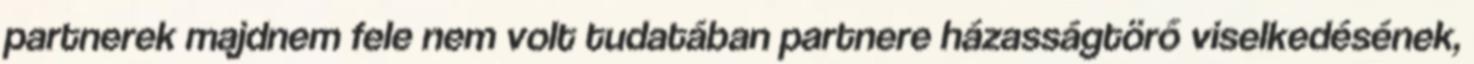
partnerek majdnem fele nem volt tudatában partnere házasságtörő viselkedésének,